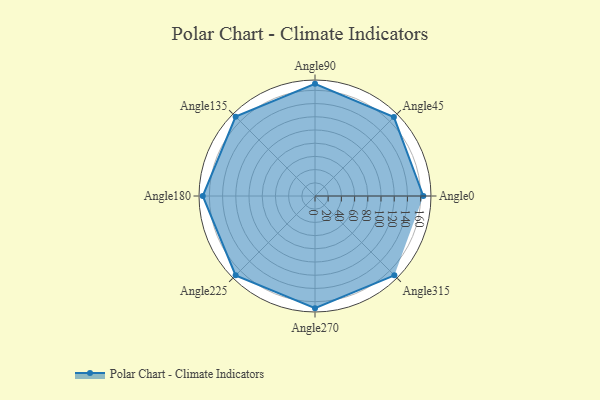
{"axis": {"x": "Angle", "y": "Radius"}, "legend": [""], "data": [{"x": "Angle0", "y": 164.0, "type": ""}, {"x": "Angle45", "y": 169.0, "type": ""}, {"x": "Angle90", "y": 170, "type": ""}, {"x": "Angle135", "y": 170, "type": ""}, {"x": "Angle180", "y": 170, "type": ""}, {"x": "Angle225", "y": 170, "type": ""}, {"x": "Angle270", "y": 170, "type": ""}, {"x": "Angle315", "y": 170, "type": ""}]}